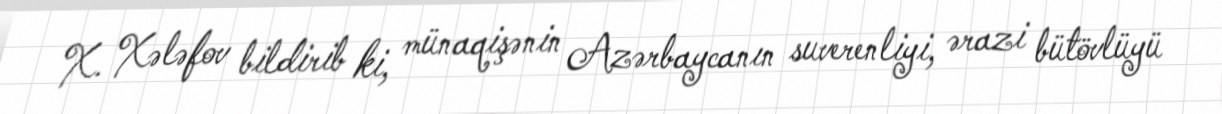
X. Xələfov bildirib ki, münaqişənin Azərbaycanın suverenliyi, ərazi bütövlüyü